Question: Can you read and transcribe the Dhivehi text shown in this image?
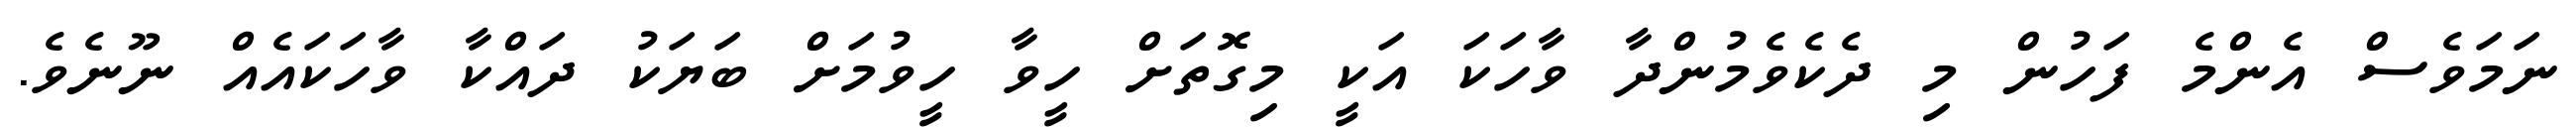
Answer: ނަމަވެސް އެންމެ ފަހުން މި ދެކެވެމުންދާ ވާހަކަ އަކީ މިގޮތަށް ހީވާ ހީވުމަށް ބަޔަކު ދައްކާ ވާހަކައެއް ނޫނެވެ.